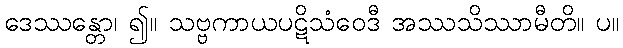
ဒေဿန္တော၊ ၍။ သဗ္ဗကာယပဋိသံဝေဒီ အဿသိဿာမီတိ။ ပ။